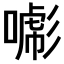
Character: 𢒯